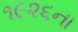
૧૯૨૬ના